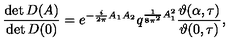
\frac { \det D ( A ) } { \det D ( 0 ) } = e ^ { - \frac { i } { 2 \pi } A _ { 1 } A _ { 2 } } q ^ { \frac { 1 } { 8 \pi ^ { 2 } } A _ { 1 } ^ { 2 } } \frac { \vartheta ( \alpha , \tau ) } { \vartheta ( 0 , \tau ) } ,